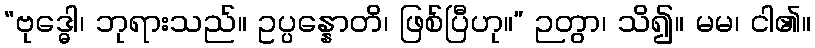
“ဗုဒ္ဓေါ၊ ဘုရားသည်။ ဥပ္ပန္နောတိ၊ ဖြစ်ပြီဟု။” ဉတွာ၊ သိ၍။ မမ၊ ငါ၏။